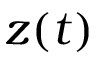
z ( t )